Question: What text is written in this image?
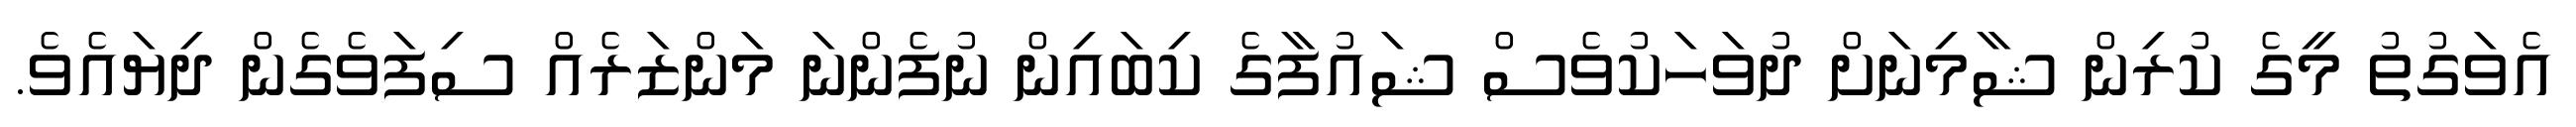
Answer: އެވަގުތު މީގެ ކުރިން ޝާމިނަށް ދުވަހަކުވެސް ޝައުފާގެ ކިބައިން ނުފެންނަ މަންޒަރެއް ސިފަވެގެން ދިޔައެވެ.